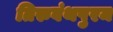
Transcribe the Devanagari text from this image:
तिरुवंथपुरम